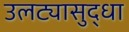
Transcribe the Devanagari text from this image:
उलट्यासुद्धा